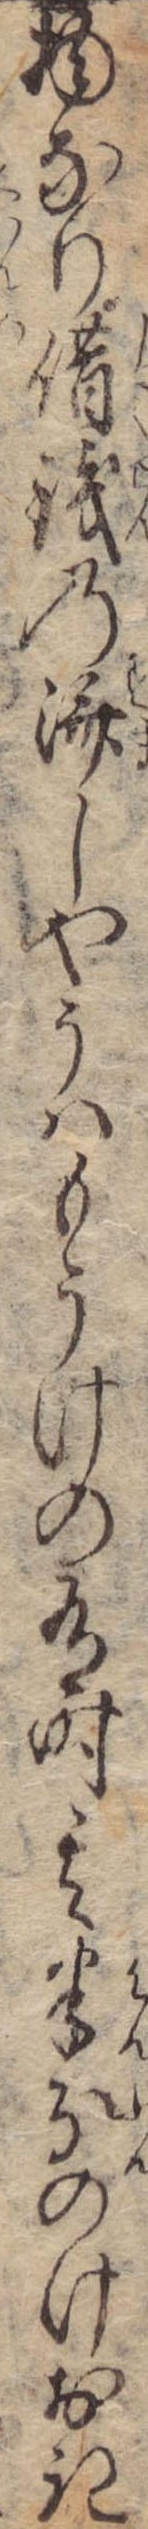
物なり借銭の済しやうはもうけの有時其半分のけおき